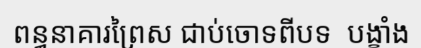
ពន្ធនាគារព្រៃស ជាប់ចោទពីបទ  បង្ខាំង